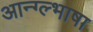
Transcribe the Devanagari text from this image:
आन्ग्ल्भाषा